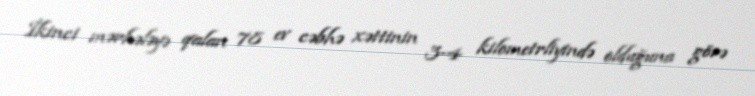
İkinci mərhələyə qalan 78 ev cəbhə xəttinin 3-4 kilometrliyində olduğuna görə